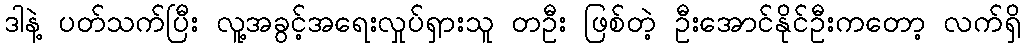
ဒါနဲ့ ပတ်သက်ပြီး လူ့အခွင့်အရေးလှုပ်ရှားသူ တဦး ဖြစ်တဲ့ ဦးအောင်နိုင်ဦးကတော့ လက်ရှိ